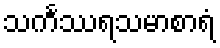
သင်္ကဿရသမာစာရံ